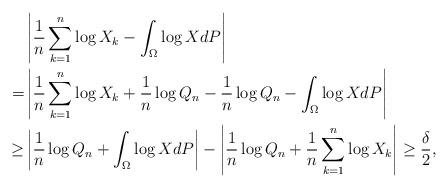
LaTeX: \begin{align*}& \left|\dfrac{1}{n}\sum_{k=1}^n\log X_k - \int_{\Omega}\log X dP\right|\\=& \left|\dfrac{1}{n}\sum_{k=1}^n\log X_k +\dfrac{1}{n}\log Q_n - \dfrac{1}{n}\log Q_n - \int_{\Omega}\log X dP\right|\\\geq & \left|\dfrac{1}{n}\log Q_n + \int_{\Omega}\log X dP\right| - \left|\dfrac{1}{n}\log Q_n + \dfrac{1}{n}\sum_{k=1}^n\log X_k\right| \geq \frac{\delta}{2},\end{align*}